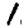
Digit: 1